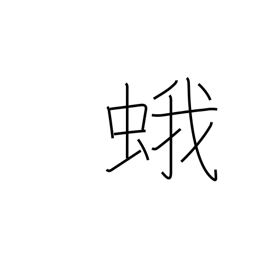
Meaning: moth